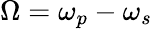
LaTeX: \Omega=\omega_{p}-\omega_{s}